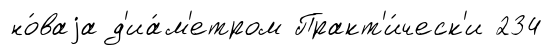
но́ваjа д'иа́м'етром Практ'и́ческ'и 234